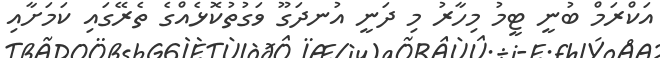
އަކްރަމް ބުނީ ޓީމު މިހާރު މި ދަނީ އުނދަގޫ ވަގުތުކޮޅެއްގެ ތެރޭގައި ކަމަށާއި